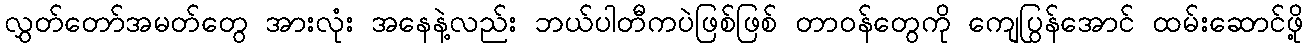
လွှတ်တော်အမတ်တွေ အားလုံး အနေနဲ့လည်း ဘယ်ပါတီကပဲဖြစ်ဖြစ် တာဝန်တွေကို ကျေပြွန်အောင် ထမ်းဆောင်ဖို့